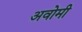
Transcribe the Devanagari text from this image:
अवोमी